Rae_vallavalitsus, lk 15
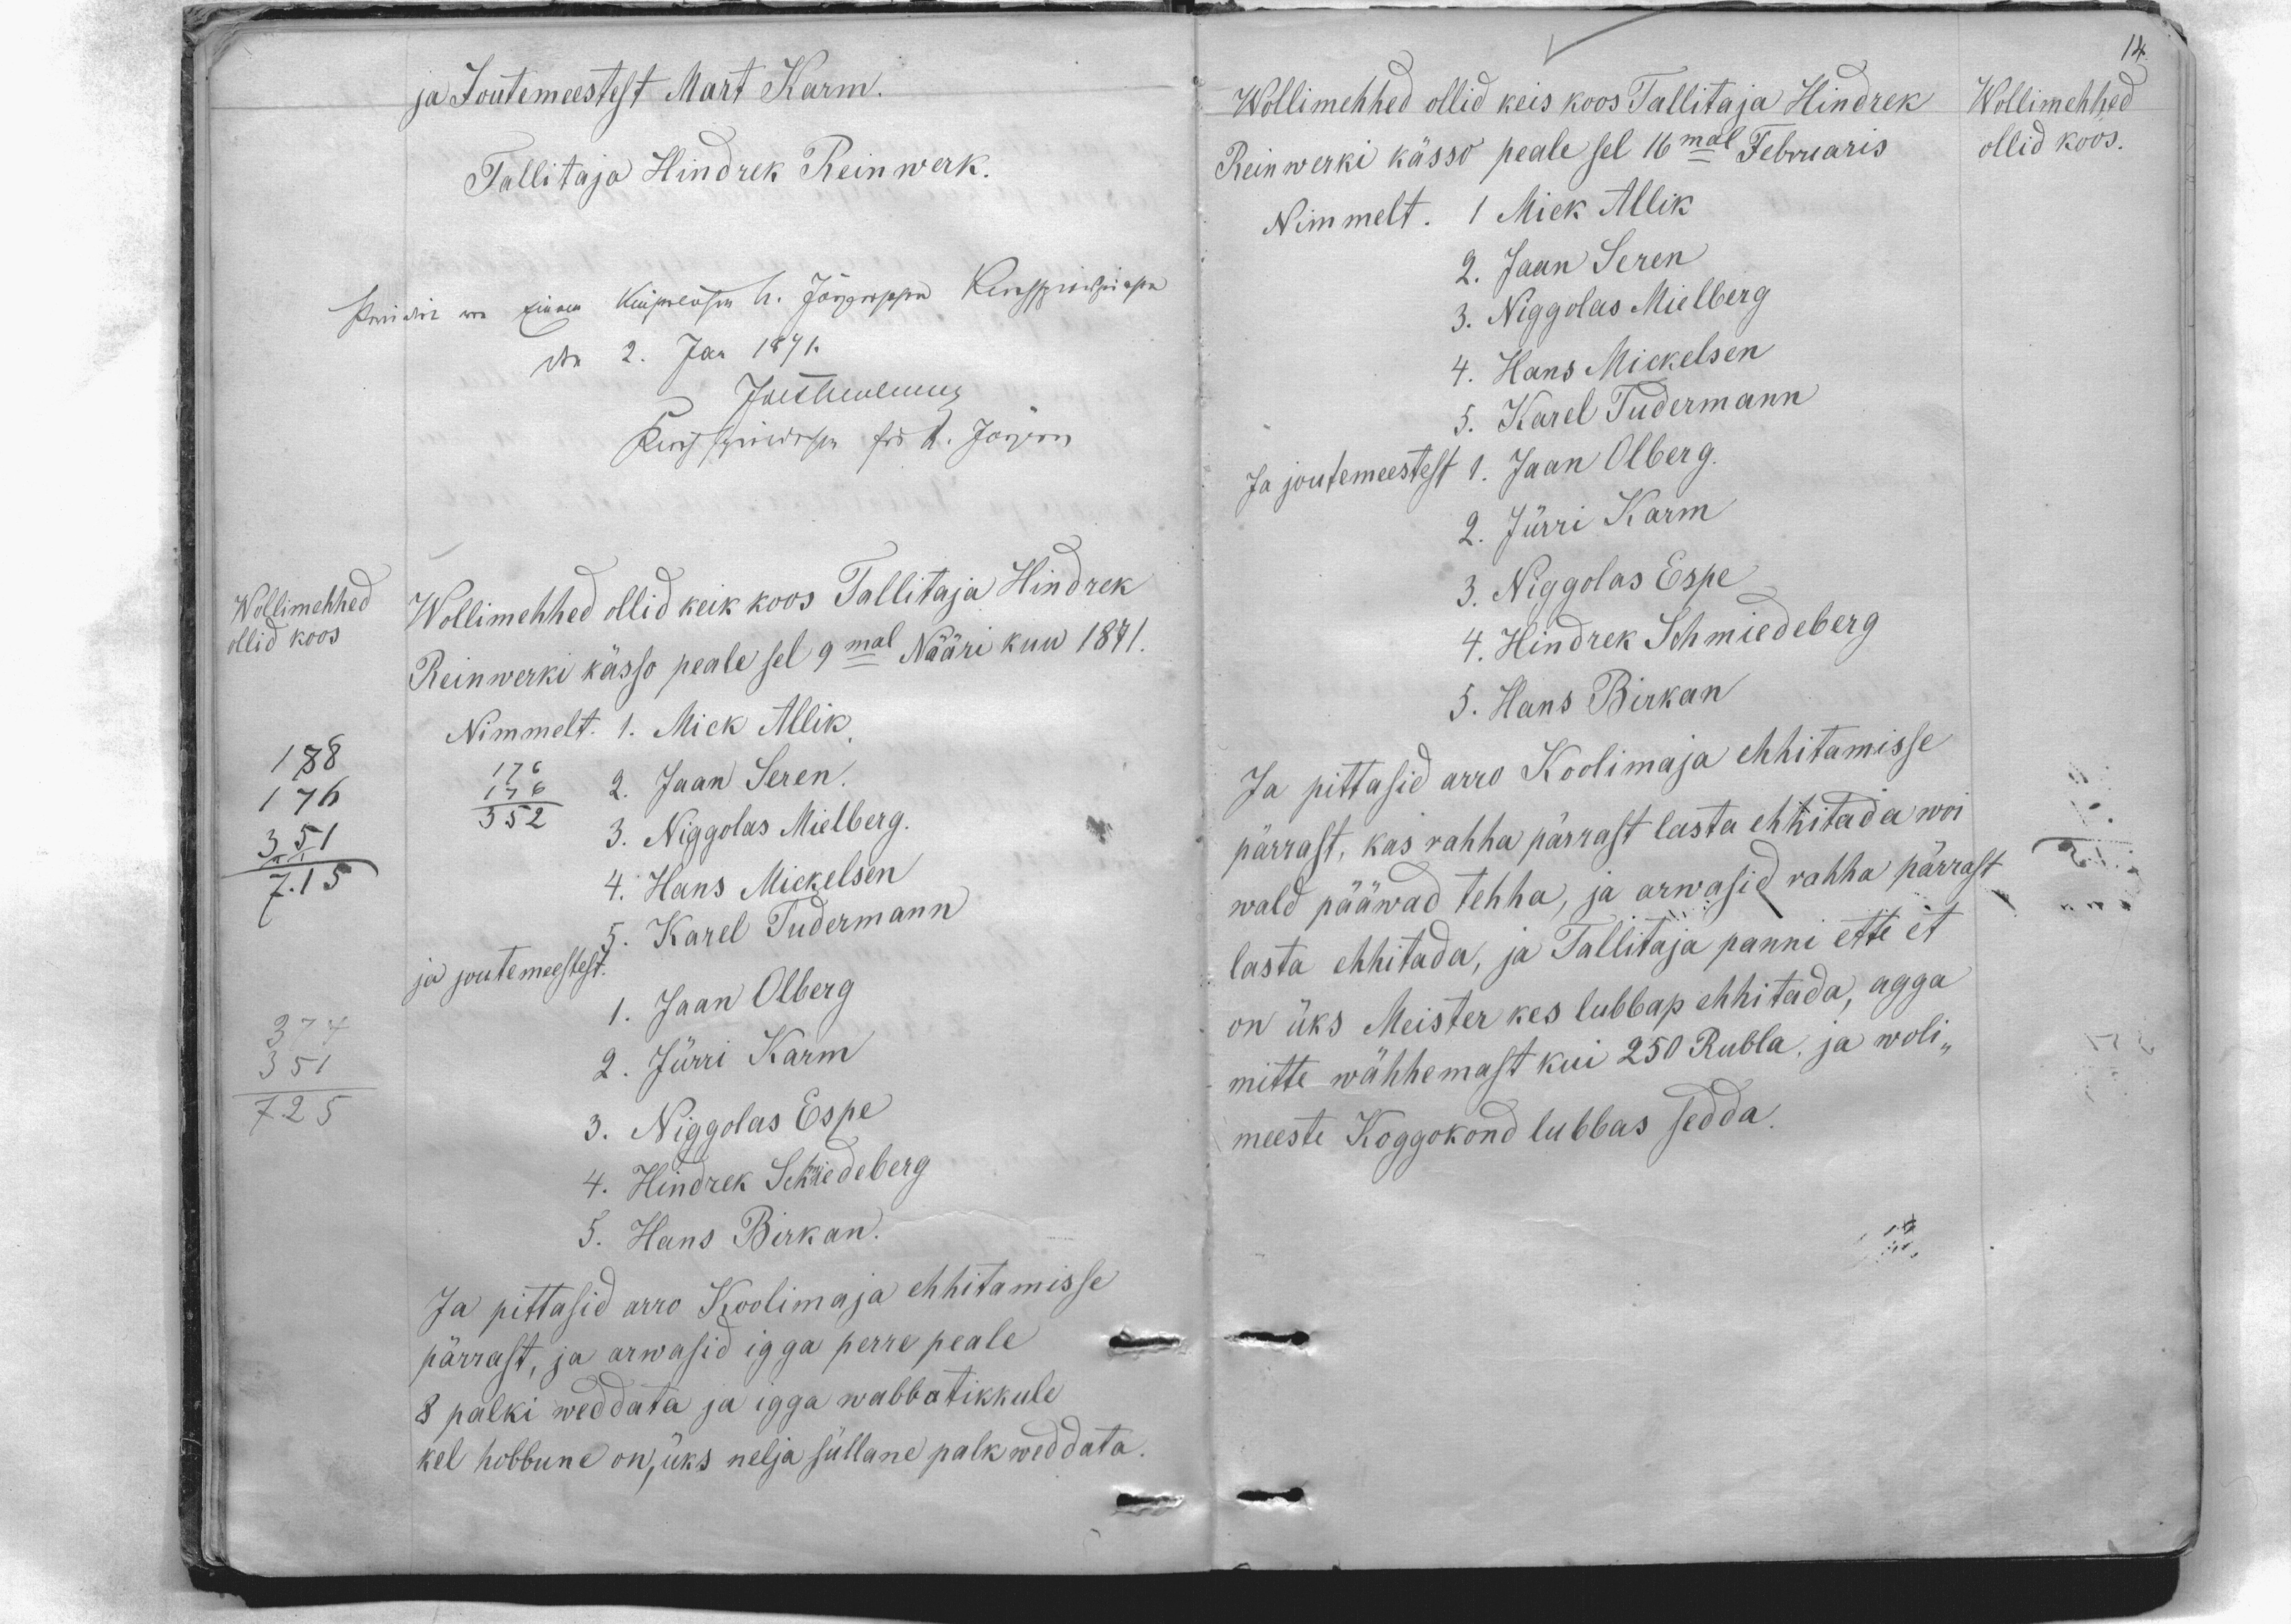
ja Joutemeestest Mart Karm.
Tallitaja Hindrek Reinwerk.
Wollimehhed
ollid koos
Wollimehhed ollid keik koos Tallitaja Hindrek
Reinwerki kässo peale sel 9mal Nääri kuu 1871.
Nimmelt. 1. Mick Allik
2. Jaan Seren.
352
3. Niggolas Mielberg.
4. Hans Mickelsen
5. Karel Tudermann
ja joutemeestest.
1. Jaan Olberg
2. Jürri Karm
3. Niggolas Espe
4. Hindrek Schmiedeberg
5. Hans Birkan.
Ja pittasid arro Koolimaja ehhitamisse
pärrast, ja arwasid igga perre peale
8 palki weddata ja igga wabbatikkule
kel hobbune on, üks nelja süllane palk weddata

14.
Wollimehhed
ollid koos.
Wollimehhed ollid keis koos Tallitaja Hindrek
Reinwerki kässo peale sel 16mal Februaris
Nimmelt. 1 Mick Allik
2. Jaan Seren
3. Niggolas Mielberg
4. Hans Mickelsen
5. Karel Tudermann
Ja joutemeestest 1. Jaan Olberg.
2. Jürri Karm
3. Niggolas Espe
4. Hindrek Schmiedeberg
5. Hans Birkan
Ja pittasid arro Koolimaja ehhitamisse
pärrast, kas rahha pärrast lasta ehhitada woi
wald pääwad tehha, ja arwasid rahha pärrast
lasta ehhitada, ja Tallitaja panni ette et
on üks Meister kes lubbap ehhitada, agga
mitte wähhemast kui 250 Rubla, ja woli-
meeste Koggokond lubbas sedda.